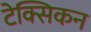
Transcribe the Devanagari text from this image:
टेक्सिकन